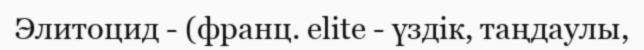
Элитоцид - (франц. elite - үздік, таңдаулы,